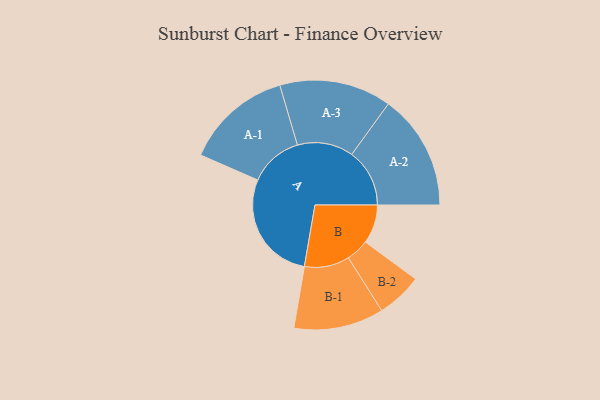
{"axis": {"x": "Segment", "y": "Value"}, "legend": ["", "A", "B"], "data": [{"x": "A", "y": 486, "type": ""}, {"x": "B", "y": 170, "type": ""}, {"x": "A-1", "y": 234, "type": "A"}, {"x": "A-2", "y": 253, "type": "A"}, {"x": "A-3", "y": 245, "type": "A"}, {"x": "B-1", "y": 197, "type": "B"}, {"x": "B-2", "y": 100, "type": "B"}]}